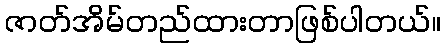
ဇာတ်အိမ်တည်ထားတာဖြစ်ပါတယ်။